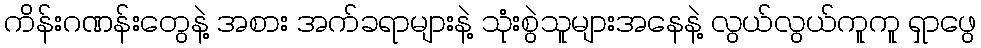
ကိန်းဂဏန်းတွေနဲ့ အစား အက်ခရာများနဲ့ သုံးစွဲသူများအနေနဲ့ လွယ်လွယ်ကူကူ ရှာဖွေ